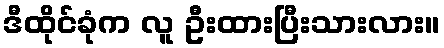
ဒီထိုင်ခုံက လူ ဦးထားပြီးသားလား။